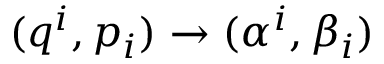
( q ^ { i } , p _ { i } ) \rightarrow ( \alpha ^ { i } , \beta _ { i } )